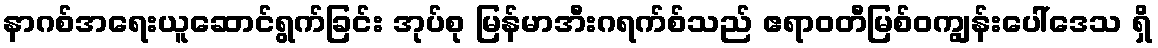
နာဂစ်အရေးယူဆောင်ရွက်ခြင်း အုပ်စု မြန်မာအီးဂရက်စ်သည် ဧရာဝတီမြစ်ဝကျွန်းပေါ်ဒေသ ရှိ